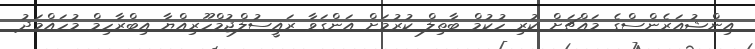
އިންޝުއަރެންސްގެ މައްޗަށް ކުރި ހުކުމް ބާތިލް ކުރުމަށް އަންގަވާ ރައީސުލްޖުމްހޫރިއްޔާ އިބްރާހިމް މުހައްމަދު